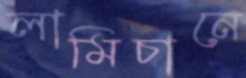
লামিচানে